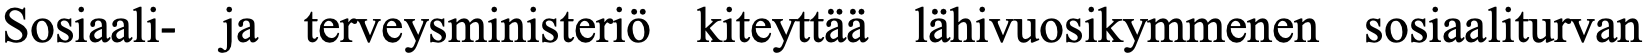
Sosiaali- ja terveysministeriö kiteyttää lähivuosikymmenen sosiaaliturvan